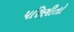
પરિણીતો